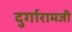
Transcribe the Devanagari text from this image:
दुर्गारामजी